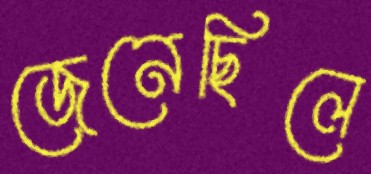
জেনেছিলে